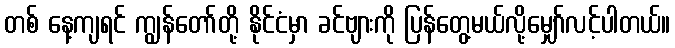
တစ် နေ့ကျရင် ကျွန်တော်တို့ နိုင်ငံမှာ ခင်ဗျားကို ပြန်တွေ့မယ်လို့မျှော်လင့်ပါတယ်။